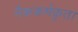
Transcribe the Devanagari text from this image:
नैककर्मकृत।